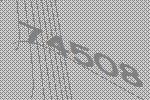
74508